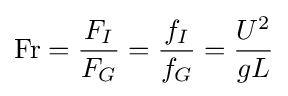
\mathrm {Fr} ={\frac {F_{I}}{F_{G}}}={\frac {f_{I}}{f_{G}}}={\frac {U^{2}}{gL}}